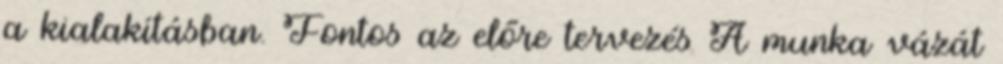
a kialakításban. Fontos az előre tervezés A munka vázát